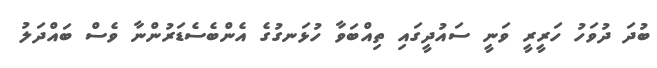
ބުދަ ދުވަހު ހަރީރީ ވަނީ ސައުދީގައި ތިއްބަވާ ހުޅަނގުގެ އެންބެސެޑަރުންނާ ވެސް ބައްދަލު